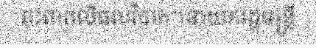
ពុះពារលើផលវិបាក។នាយករដ្ឋមន្ត្រី